Mental hospitals Bombay report 1921-28 - 1921-1928
Year: 1921
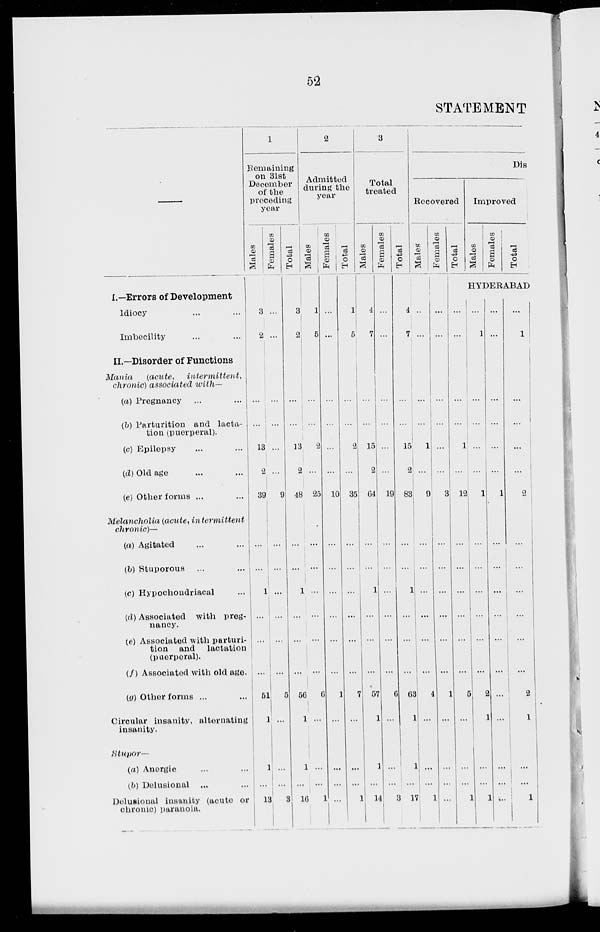
52
STATEMENT
—
I.—Errors of Development
Idiocy ... ...
Imbecility ... ...
II.—Disorder of Functions
Mania
(acute,
intermittent,
chronic) associated with—
(a) Pregnancy ... ...
(b) Parturition and lacta-
tion (puerperal).
(c) Epilepsy ... ...
(d) Old age ... ...
(e) Other forms ... ...
Melancholia (acute, intermittent
chronic)—
(a) Agitated ... ...
(b) Stuporous ... ...
(c) Hypochondriacal ...
(d) Associated with preg-
nancy.
(e) Associated with parturi-
tion and lactation
(puerperal).
(f) Associated with old age.
(g) Other forms ... ...
Circular insanity, alternating
insanity.
Stupor—
(a) Anergic ... ...
(b) Delusional ... ...
Delusional insanity (acute or
chronic) paranoia.
1
Remaining
on 31st
December
of the
preceding
year
Males
3
2
...
...
13
2
39
...
...
1
...
...
...
51
1
1
...
13
Females
...
...
...
...
...
...
9
...
...
...
...
...
...
5
...
...
...
3
Total
3
2
...
...
13
2
48
...
...
1
...
...
...
56
1
1
...
16
2
Admitted
during the
year
Males
1
5
...
...
2
...
25
...
...
...
...
...
...
6
...
...
...
1
Females
...
...
...
...
...
...
10
...
...
...
...
...
...
1
...
...
...
...
Total
1
5
...
...
2
...
35
...
...
...
...
...
...
7
...
...
...
1
3
Total
treated
Males
4
7
...
...
15
2
64
...
...
1
...
...
...
57
1
1
...
14
Females
...
...
...
...
...
...
19
...
...
...
...
...
...
6
...
...
...
3
Total
4
7
...
...
15
2
83
...
...
1
...
...
...
63
1
1
...
17
Dis
Recovered
Males
...
...
...
...
1
...
9
...
...
...
...
...
...
4
...
...
...
1
Females
...
...
...
...
...
...
3
...
...
...
...
...
...
1
...
...
...
...
Total
...
...
...
...
1
...
12
...
...
...
...
...
...
5
...
...
...
1
Improved
Males
Females
Total
HYDERABAD
...
1
...
...
...
...
1
...
...
...
...
...
...
2
1
...
...
1
...
...
...
...
...
...
1
...
...
...
...
...
...
...
...
...
...
...
...
1
...
...
...
...
2
...
...
...
...
...
...
2
1
...
...
1